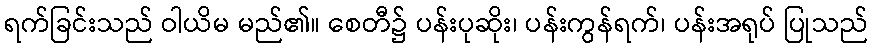
ရက်ခြင်းသည် ဝါယိမ မည်၏။ စေတီ၌ ပန်းပုဆိုး၊ ပန်းကွန်ရက်၊ ပန်းအရုပ် ပြုသည်